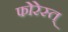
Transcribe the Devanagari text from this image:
फोरेस्त्